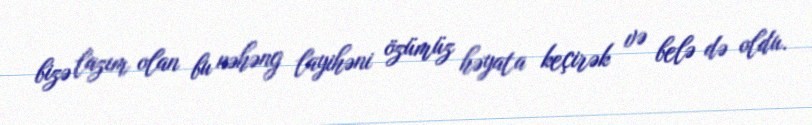
bizə lazım olan bu nəhəng layihəni özümüz həyata keçirək və belə də oldu.